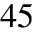
^ { 4 5 }